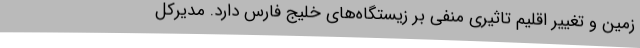
زمین و تغییر اقلیم تاثیری منفی بر زیستگاه‌های خلیج فارس دارد. مدیرکل